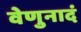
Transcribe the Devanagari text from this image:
वेणुनादं